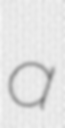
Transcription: a